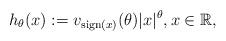
LaTeX: \begin{align*}h_\theta(x): = v_{{\rm sign}(x)}(\theta)|x|^\theta, x\in\mathbb{R},\end{align*}